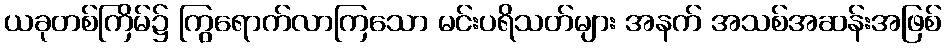
ယခုတစ်ကြိမ်၌ ကြွရောက်လာကြသော မင်းပရိသတ်များ အနက် အသစ်အဆန်းအဖြစ်